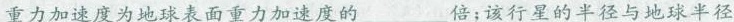
重力加速度为地球表面重力加速度的___倍；该行星的半径与地球半径